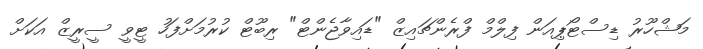
މަޝްހޫރު ޑިސްޓޯޕިއަން ފިލްމް ފްރެންޗައިޒް "ޑައިވާޖެންޓް" ރިބޫޓް ކުރުމަށްފަހު ޓީވީ ސީރީޒް އަކަށް